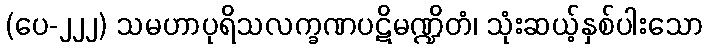
(ပေ-၂၂၂) သမဟာပုရိသလက္ခဏပဋိမဏ္ဍိတံ၊ သုံးဆယ့်နှစ်ပါးသော